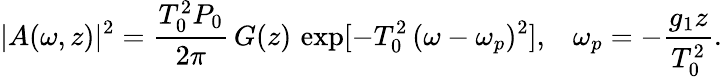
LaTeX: |A(\omega,z)|^{2}=\frac{T_{0}^{2}P_{0}}{2\pi}\, G(z)\, \exp[-T_{0}^{2}\, (\omega-\omega_{p})^{2}],\; \; \; \omega_{p}=-\frac{g_{1}z}{T_{0}^{2}}.